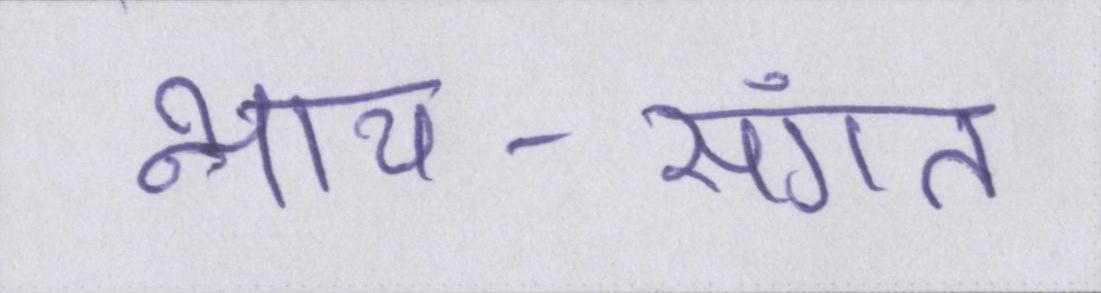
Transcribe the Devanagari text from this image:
न्याय-संगत